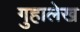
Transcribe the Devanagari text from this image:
गुहालेख